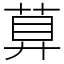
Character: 萛